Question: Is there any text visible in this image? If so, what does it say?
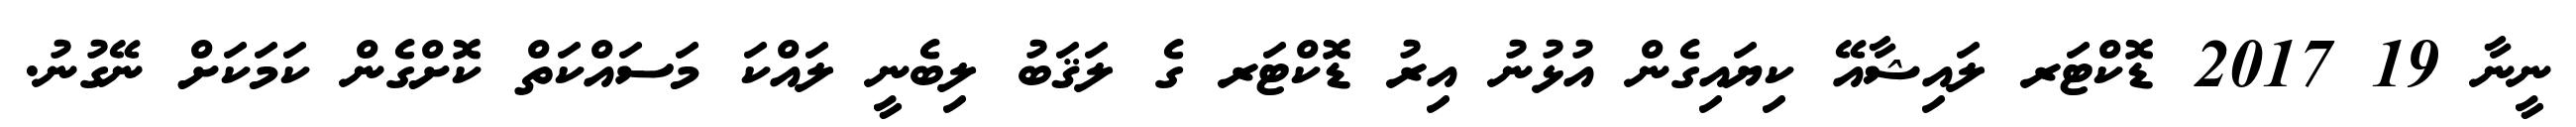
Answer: ނީނާ 19 2017 ޑޮކްޓަރ ލައިޝާއޭ ކިޔައިގެން އުޅުނު އިރު ޑޮކްޓަރ ގެ ލަޤަބު ލިބެނީ ލައްކަ މަސައްކަތް ކޮށްގެން ކަމަކަށް ނޭގުނު.